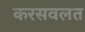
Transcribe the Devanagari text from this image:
करसवलत